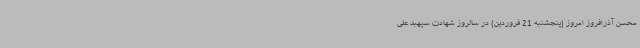
محسن آذرافروز امروز (پنجشنبه 21 فروردین) در سالروز شهادت سپهبد علی